Virumaa_algkoolid, lk 54
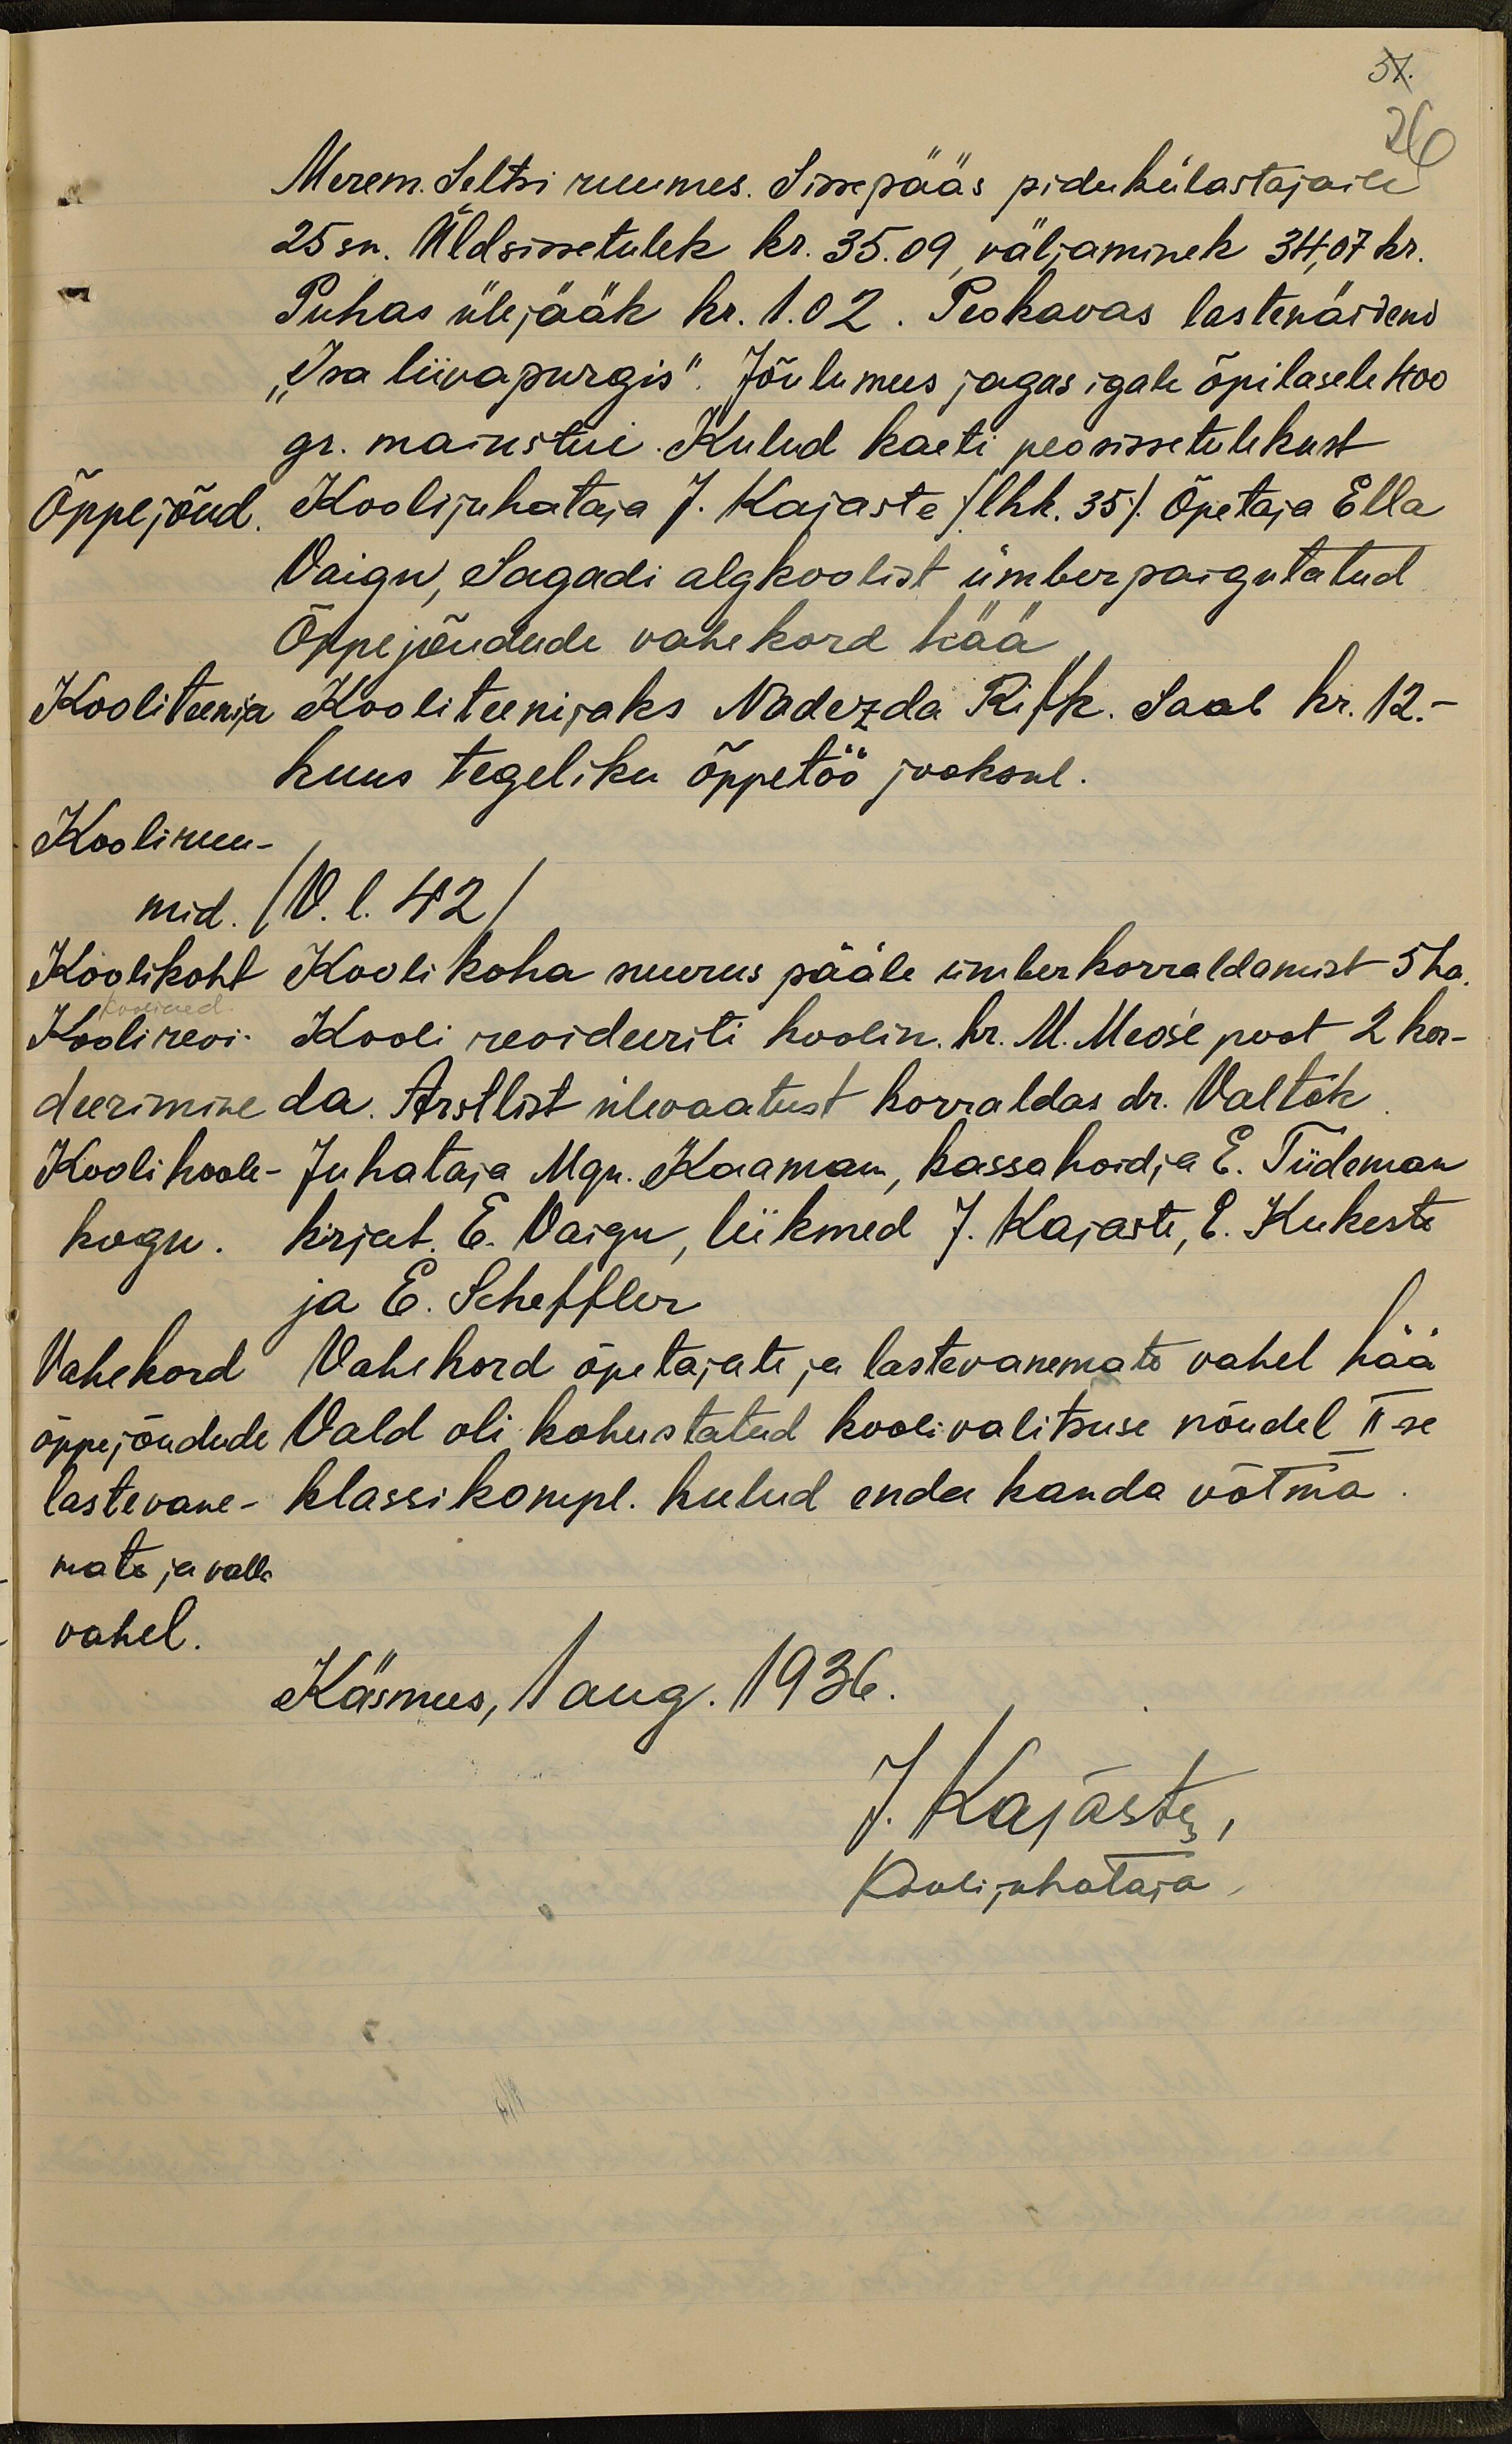
51.
Merem. Seltsi ruumes. Sissepääs pidukülastajaile
26
25 sn. Üldsissetulek kr. 35.09, väljaminek 34,07 kr.
Puhas ülejääk kr. 1.02. Peokavas lastenäidend
"Isa liivapurgis". Jõulumees jagas igale õpilasele 400
gr. maiustui. Kulud kaeti peosissetulekust
Õppejõud.
Kooli juhataja J. Kajaste /lhk. 35/ Õpetaja Ella
Vaigu, Sagadi algkoolist ümberpaigutatud
Õppejõudude vahekord hää
Kooliteenija
Kooliteenijaks Nadezda Rifk. Saab kr. 12.-
kuus tegeliku õppetöö jooksul.
Kooliruu-
mid. /V. l. 42/
Koolikoht
Kooli koha suurus pääle ümberkorraldamist 5 ha
Koolirevi-
Kooli revideeriti koolin. hr. M. Meos'e poot 2 kor-
deerimine
da. Arstlist ülevaatust korraldas dr. Valtok
Kooli hoole-
Juhataja Mgn. Kaaman, kassahoidja E. Tiideman
kogu.
kirjut. E. Vaigu, liikmed J. Kajaste, E. Kukeste
ja E. Scheffler
Vahekord
Vahehord õpetajate ja lastevanemate vahel hää
õppejõudude
Vald oli kohustatud koolivalitsuse nõudel II-se
lastevane-
klassikompl. kulud enda kanda võtma
mate ja valla
vahel.
Käsmus, 1 aug. 1936.
J. Kajaste,
Koolijuhataja